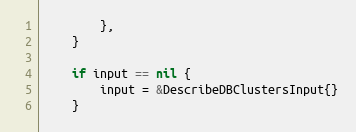
Language: Go
		},
	}

	if input == nil {
		input = &DescribeDBClustersInput{}
	}